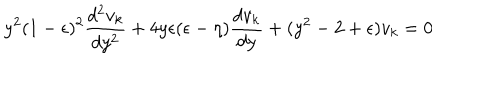
y ^ { 2 } ( 1 - \epsilon ) ^ { 2 } \frac { d ^ { 2 } v _ { k } } { d y ^ { 2 } } + 4 y \epsilon ( \epsilon - \eta ) \frac { d v _ { k } } { d y } + ( y ^ { 2 } - 2 + \epsilon ) v _ { k } = 0